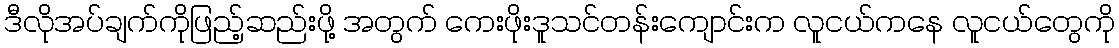
ဒီလိုအပ်ချက်ကိုဖြည့်ဆည်းဖို့ အတွက် ကေးဖိုးဒူသင်တန်းကျောင်းက လူငယ်ကနေ လူငယ်တွေကို